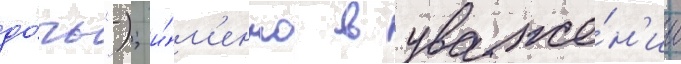
до́чь"); и́м'енно в уваже́н'ии